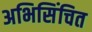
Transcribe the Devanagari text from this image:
अभिसिंचित